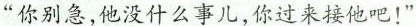
“你别急,他没什么事儿,你过来接他吧!”